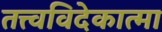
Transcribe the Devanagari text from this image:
तत्त्वविदेकात्मा